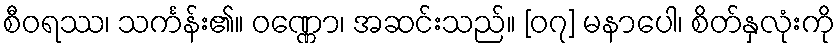
စီဝရဿ၊ သင်္ကန်း၏။ ဝဏ္ဏော၊ အဆင်းသည်။ [၀၇] မနာပေါ၊ စိတ်နှလုံးကို